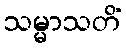
သမ္မာသတိံ